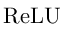
\mathrm { R e L U }